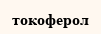
токоферол